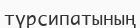
түрсипатының